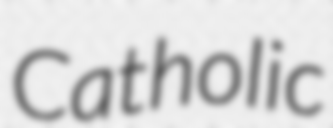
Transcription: Catholic